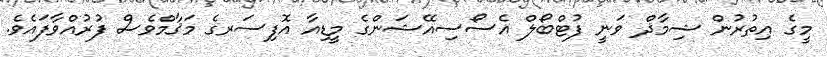
މީގެ އިތުރުން ޝިމާޛް ވަނީ ފުޓްބޯލް އެސޯސިއޭޝަންގެ މީޑިއާ އޮފިސަރގެ މަޤާމްވެސް ފުރުއްވާފައެވެ.